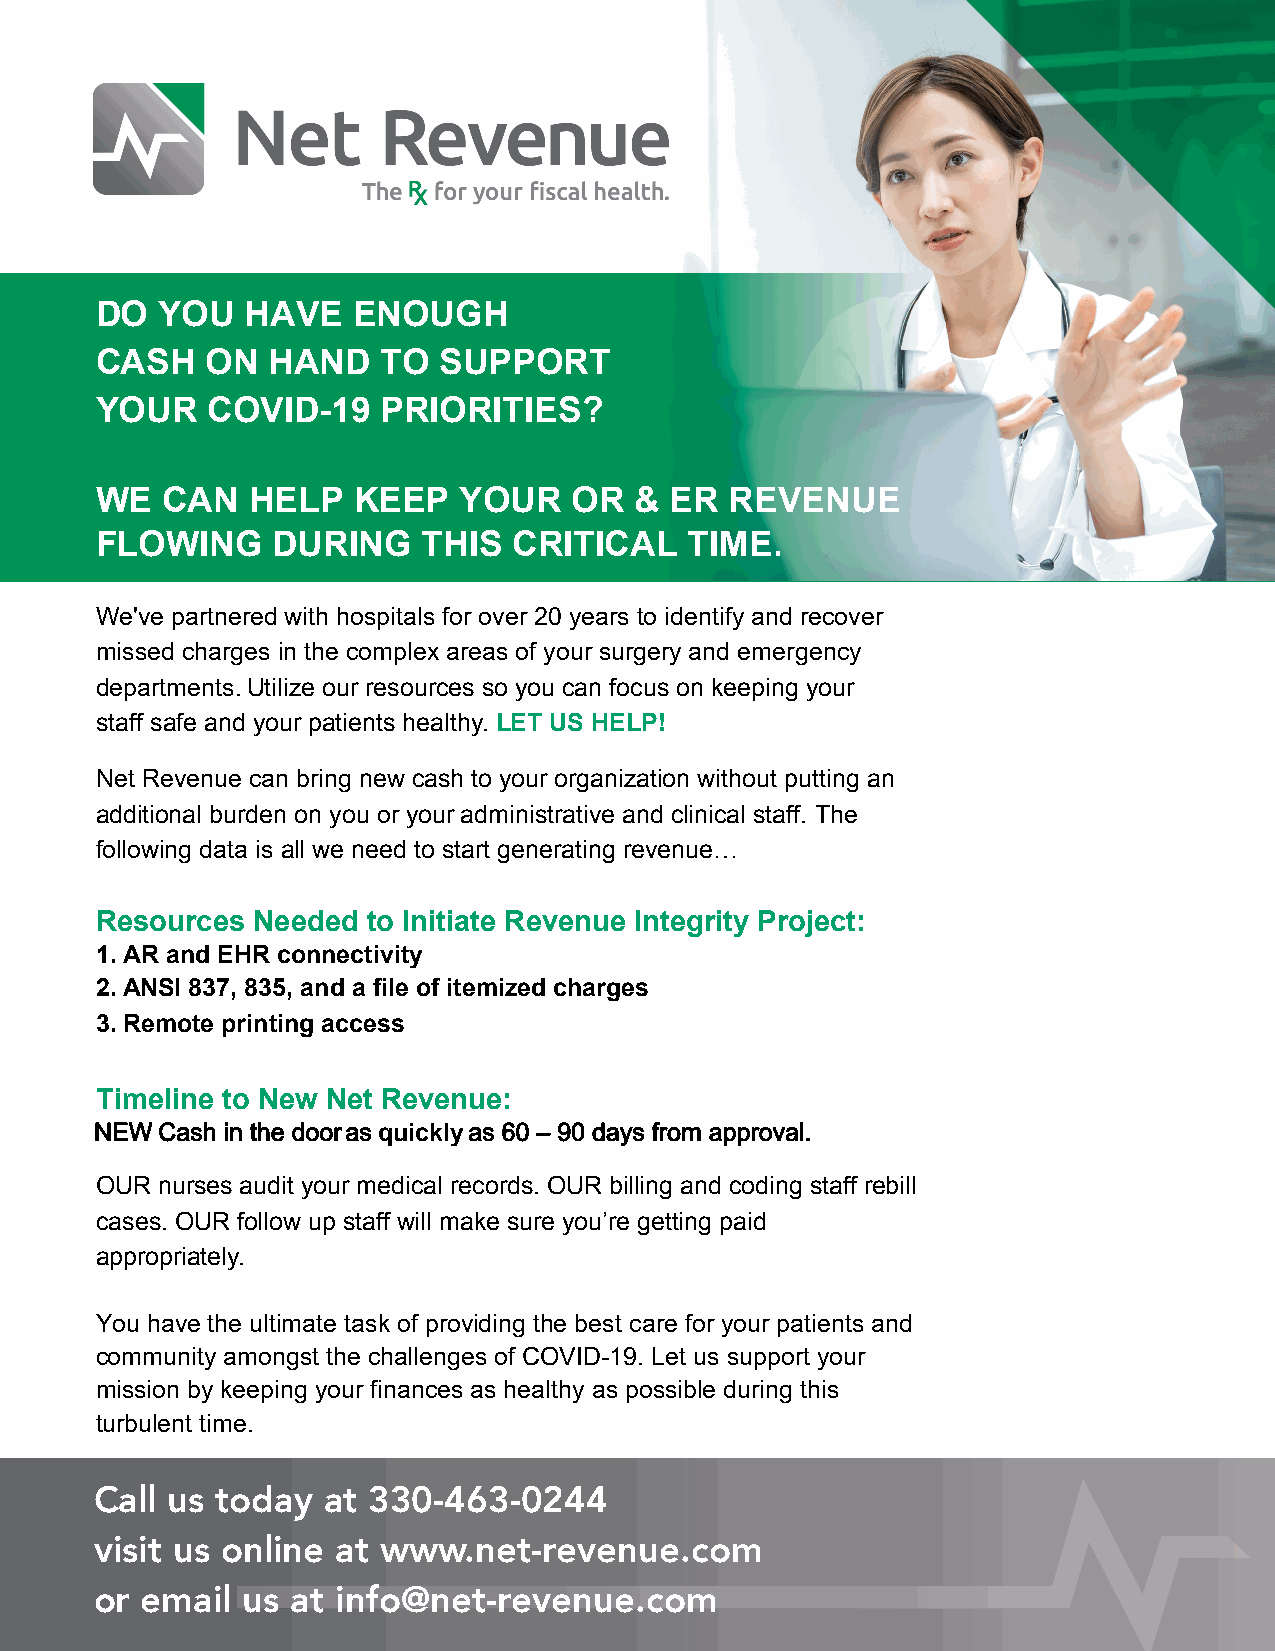
DO   YOU  HAVE   ENOUGH
 CASH    ON  HAND   TO  SUPPORT
 YOUR    COVID-19   PRIORITIES?
 WE   CAN   HELP  KEEP   YOUR    OR  & ER  REVENUE
 FLOWING     DURING    THIS  CRITICAL    TIME.
 We've partnered with hospitals for over 20 years to identify and recover
 missed charges in the complex areas of your surgery and emergency
 departments. U tilize our resources so you can focus on keeping your
 staff safe and your patients healthy. LET US HELP!
 Net Revenue can bring new cash to your organization without putting an
 additional burden on you or your administrative and clinical staff. The
 following data is all we need to start generating revenue…
 Resources  Needed to Initiate Revenue Integrity Project:
 1.AR and EHR connectivity
 2.ANSI 837, 835, and a file of itemized charges
 3.Remote printing access
 Timeline to New Net Revenue:
 NEW Cash in the door as quickly as 60 – 90 days from approval.
 OUR nurses audit your medical records. OUR billing and coding staff rebill
 cases. OUR follow up staff will make sure you’re getting paid
 appropriately.
 You have the ultimate task of providing the best care for your patients and
 community amongst the challenges of COVID-19. Let us support your
 mission by keeping your finances as healthy as possible during this
 turbulent time.
 Call us today  at 330-463-0244
 visit us online at www.net-revenue.com
 or email  us at info@net-revenue.com